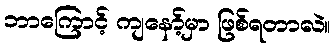
ဘာကြောင့် ကျနော့်မှာ ဖြစ်ရတာလဲ။